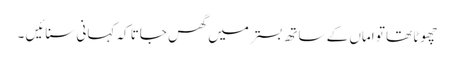
چھوٹا تھا تو اماں کے ساتھ بستر میں گھس جاتا کہ کہانی سنائیں ۔